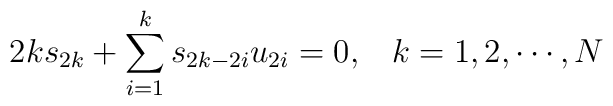
2k s_{2k}+ \sum_{i=1}^{k} s_{2k-2i} u_{2i} =0, \;\;\; k=1, 2,\cdots, N